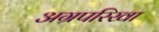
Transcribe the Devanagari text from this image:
अग्रपरिखा